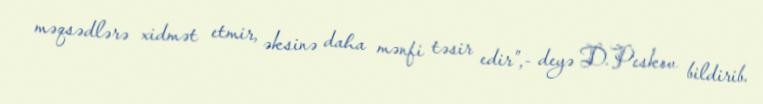
məqsədlərə xidmət etmir, əksinə daha mənfi təsir edir”,- deyə D.Peskov bildirib.